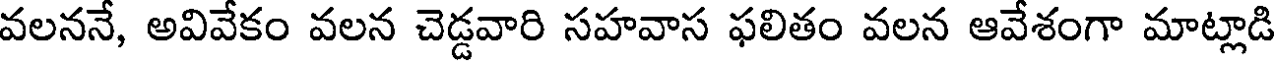
వలననే, అవివేకం వలన చెడ్డవారి సహవాస ఫలితం వలన ఆవేశంగా మాట్లాడి